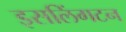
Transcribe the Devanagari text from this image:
इसलिंगटन